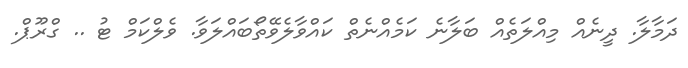
ދަމާލާ. ދީނެއް މިއްލަތެއް ބަލާނެ ކަމެއްނެތް ކައްވާލެވޭތޯބައްލަވާ. ވެލްކަމް ޓު .. ގްރޫޕް.